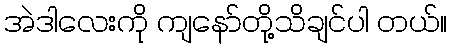
အဲဒါလေးကို ကျနော်တို့သိချင်ပါ တယ်။